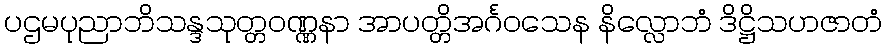
ပဌမပုညာဘိသန္ဒသုတ္တဝဏ္ဏနာ အာပတ္တိအင်္ဂဝသေန နိလ္လောဘံ ဒိဋ္ဌိသဟဇာတံ